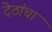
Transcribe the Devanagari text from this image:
देठांचा